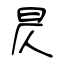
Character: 昃